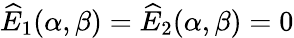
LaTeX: {\widehat E}_{1}(\alpha,\beta)={\widehat E}_{2}(\alpha,\beta)=0